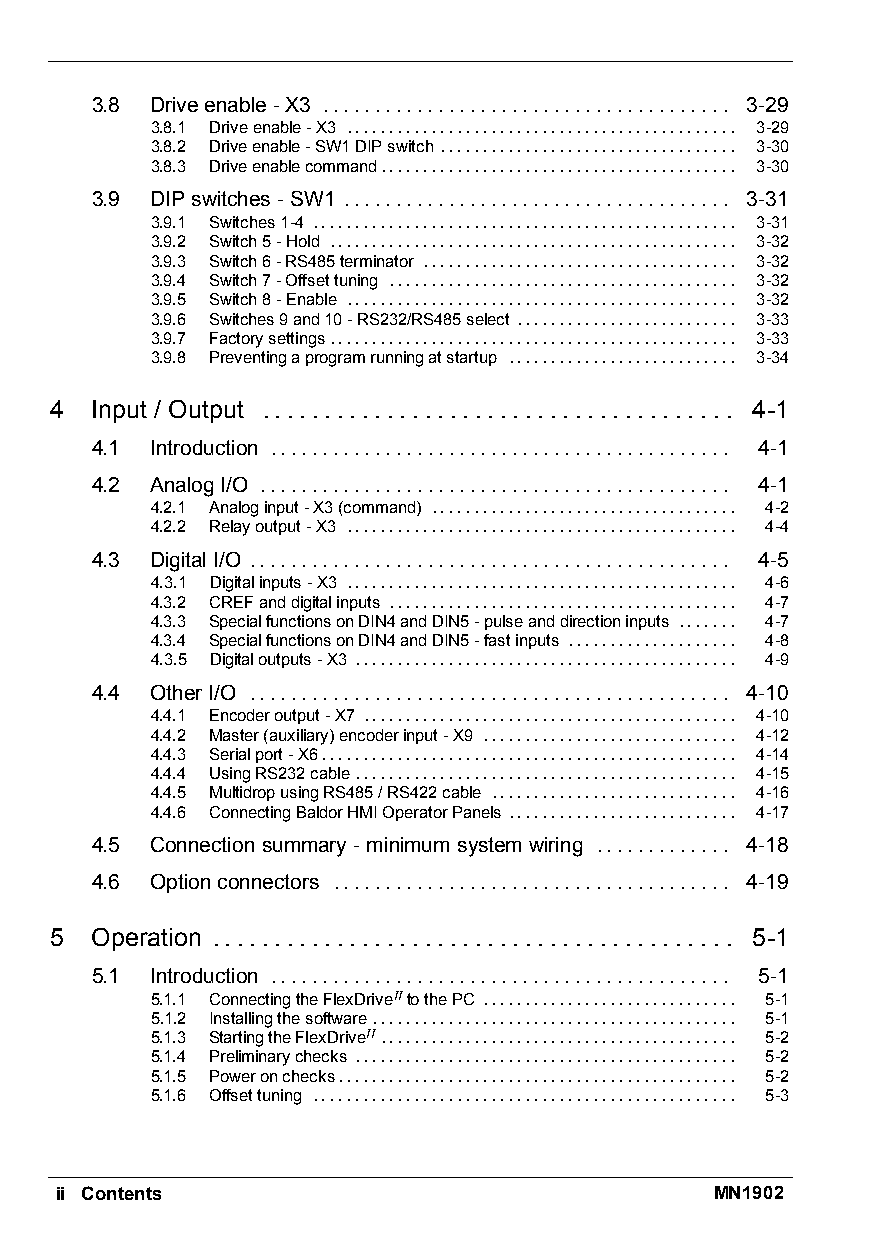
3.8 Driveenable -X3 ....................................... 3-29
 3.8.1 Driveenable-X3 .............................................. 3-29
 3.8.2 Driveenable-SW1DIPswitch ................................... 3-30
 3.8.3 Driveenablecommand.......................................... 3-30
 3.9 DIPswitches -SW1 ..................................... 3-31
 3.9.1 Switches1-4 .................................................. 3-31
 3.9.2 Switch5-Hold ................................................ 3-32
 3.9.3 Switch6-RS485terminator ..................................... 3-32
 3.9.4 Switch7-Offsettuning ......................................... 3-32
 3.9.5 Switch8-Enable .............................................. 3-32
 3.9.6 Switches9and10-RS232/RS485select .......................... 3-33
 3.9.7 Factorysettings................................................ 3-33
 3.9.8 Preventingaprogramrunningatstartup ........................... 3-34
 4  Input / Output ...................................... 4-1
 4.1 Introduction ............................................ 4-1
 4.2 AnalogI/O ............................................. 4-1
 4.2.1 Analoginput-X3(command) .................................... 4-2
 4.2.2 Relayoutput-X3 .............................................. 4-4
 4.3 DigitalI/O .............................................. 4-5
 4.3.1 Digitalinputs-X3 .............................................. 4-6
 4.3.2 CREFanddigitalinputs ......................................... 4-7
 4.3.3 SpecialfunctionsonDIN4andDIN5-pulseanddirectioninputs ....... 4-7
 4.3.4 SpecialfunctionsonDIN4andDIN5-fastinputs .................... 4-8
 4.3.5 Digitaloutputs-X3 ............................................. 4-9
 4.4 OtherI/O .............................................. 4-10
 4.4.1 Encoderoutput-X7 ............................................ 4-10
 4.4.2 Master(auxiliary)encoderinput-X9 .............................. 4-12
 4.4.3 Serialport-X6................................................. 4-14
 4.4.4 UsingRS232cable ............................................. 4-15
 4.4.5 MultidropusingRS485/RS422cable ............................. 4-16
 4.4.6 ConnectingBaldorHMIOperatorPanels ........................... 4-17
 4.5 Connectionsummary -minimumsystemwiring ............. 4-18
 4.6 Optionconnectors ...................................... 4-19
 5  Operation .......................................... 5-1
 5.1 Introduction ............................................ 5-1
 5.1.1 ConnectingtheFlexDriveIItothePC .............................. 5-1
 5.1.2 Installingthesoftware........................................... 5-1
 5.1.3 StartingtheFlexDriveII .......................................... 5-2
 5.1.4 Preliminarychecks ............................................. 5-2
 5.1.5 Poweronchecks............................................... 5-2
 5.1.6 Offsettuning .................................................. 5-3
 ii Contents                                MN1902